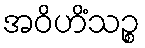
အဝိဟိံသဉ္စ